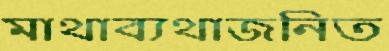
মাথাব্যথাজনিত